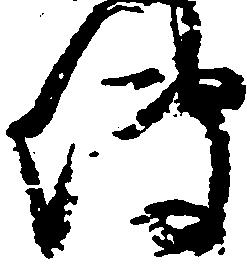
傳